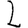
Digit: 2